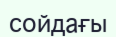
сойдағы